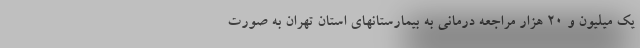
یک میلیون و ۲۰ هزار مراجعه درمانی به بیمارستانهای استان تهران به صورت